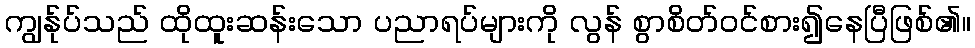
ကျွန်ုပ်သည် ထိုထူးဆန်းသော ပညာရပ်များကို လွန် စွာစိတ်ဝင်စား၍နေပြီဖြစ်၏။